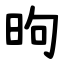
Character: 昫